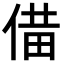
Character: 𪝌